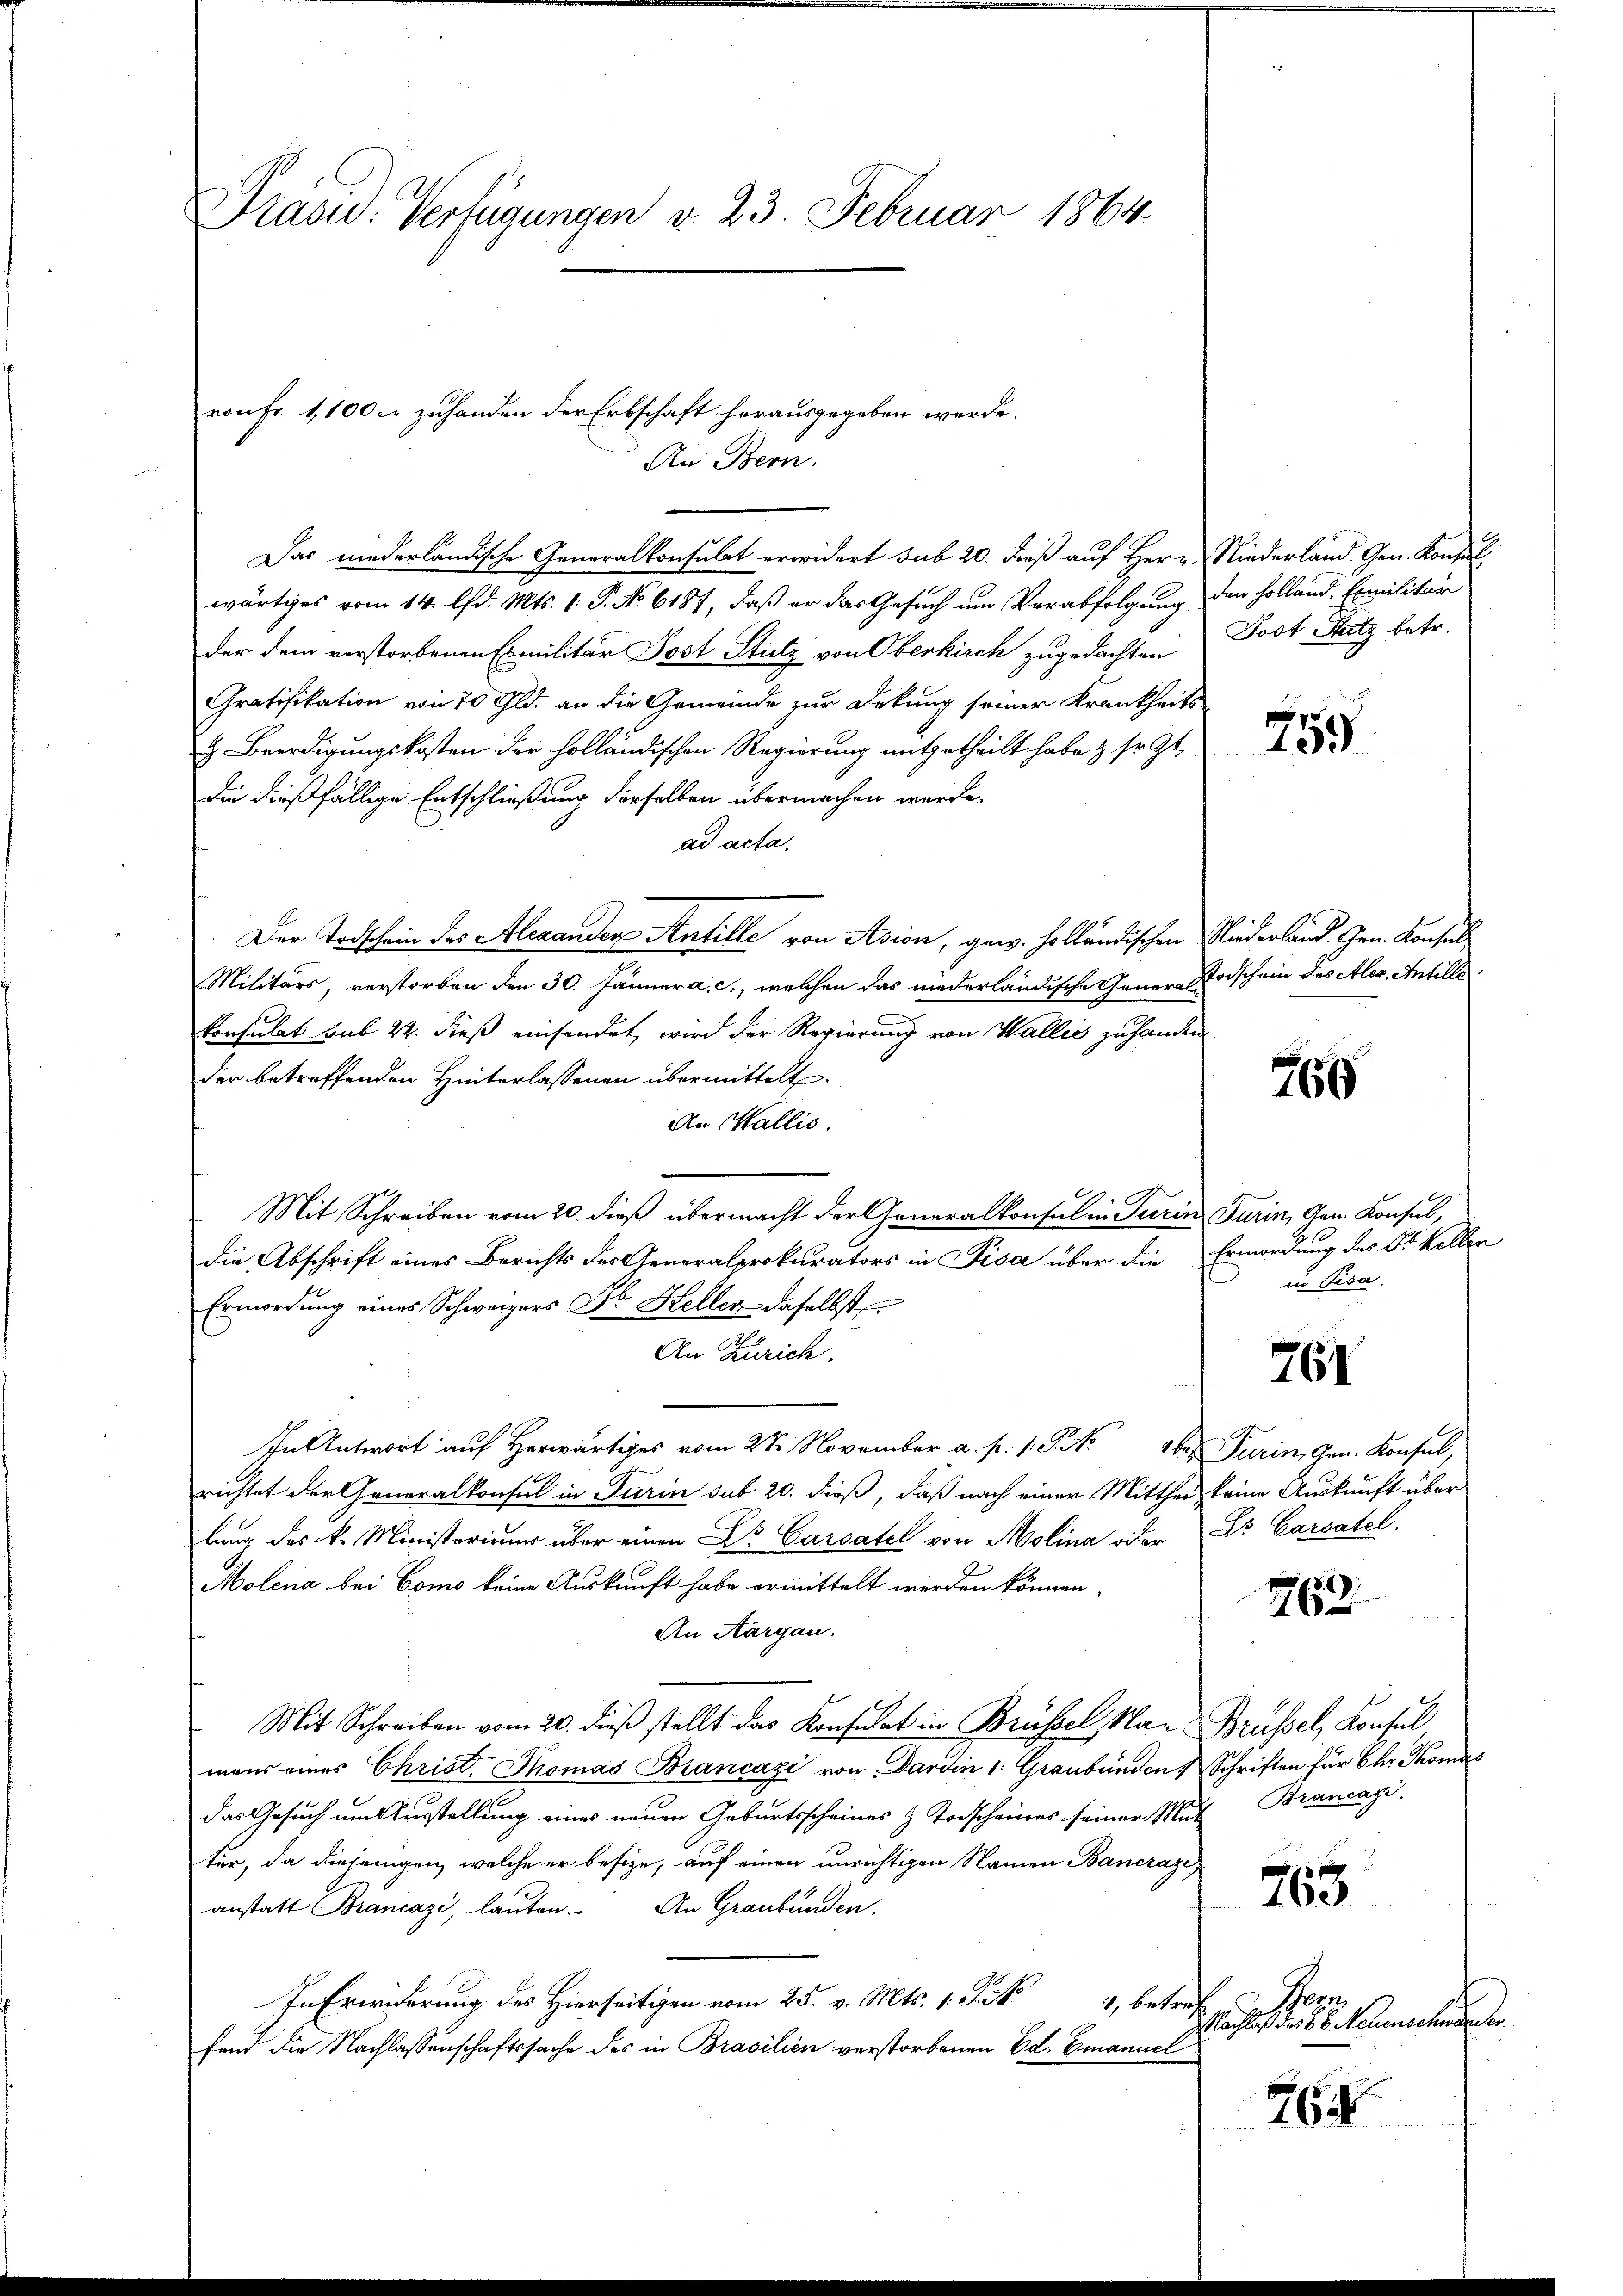
Prasid. Verfügungen v. 23. Februar 1864.

Das niederländische Generalkonsulat erwidert sub 20. dieß auf Herr Niederland. Gen. Konsul
wärtiges vom 14. d. Mts. 1. P. No 6187, daß er das Gesuch um Verabfolgung
der dem verstorbenen Exmilitär Post Stutz von Oberkirch zugedachten
Gratifikation von 70 Gld. an die Gemeinde zur Dekung seiner Krankheits
& Beerdigungskosten der holländischen Regierung mitgetheilt habe & sr. Zt.
die dießfällige Entschließung derselben übermachen werde.
ad acta.
Der Todschein des Alexander Antille von Asion, gew. Holländischen
Militärs, verstorben den 30. Jänner a. c., welchen das niederländische General
konsulat sub 22. dieß einsendet, wird der Regierung von Wallis zuhanden
der betreffenden Hinterlassenen übermittelt.
An Wallis.
Mit Schreiben vom 20. dieß übermacht der Generalkonsul in Turin Turin, Gen. Konsul,
die Abschrift eines Berichts der Generalprokurators in Pisa über die
Ermordung eines Schweizers Dr. Heller daselbst
An Zürich.
In Antwort auf Herwärtiges vom 28. November a. p. 1. S. 16 Turin, Gen. Konsul,
richtet der Generalkonsul in Turin sub 20. dieß, daß nach einer Mittheil keine Auskunft über
lung des k. Ministoriums über einen Dr Cassatel von Molina oder Dr. Cassatel.
Molena bei Como keine Auskauft habe ermittelt werden können.
An Aargau.
Mit Schreiben vom 20. dieß stellt das Konsulat in Brüssel, Nau
mans eines Christ. Thomas Brancazi von Darden 1. Graubünden
das Gesuch um Ausstellung eines neuen Geburtsscheines & Todscheines seiner Mut Brancapi
ter, da diejenigen, welche er besize, auf einen unrichtigen Namen Bancraze
anstatt Brancazi, lauten. An Graubünden.
In Erwiderung des Hierseitigen vom 25. v. Mts. 1. P. M.
1, betref
fand die Nachlassenschaftssache des in Brasilien verstorbenen Ed. Emanuel

ron Fr. 1,100 zuhanden der Erbschaft herausgegeben werde.

An Bern.

den Holland. Emilitär
Jost Satz betr.

f
155

Niederland. Gen. Konsuls
Todschein des Aler. Antille

766

Ermordung des Dr. Kollen
in Pisa.

761

1763.

Brüssel, Konsul
Schriften für der Thomas

765

Mon
Mächlich der 28. Neuenschwerden.

764